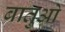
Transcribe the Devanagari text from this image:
बातुओ